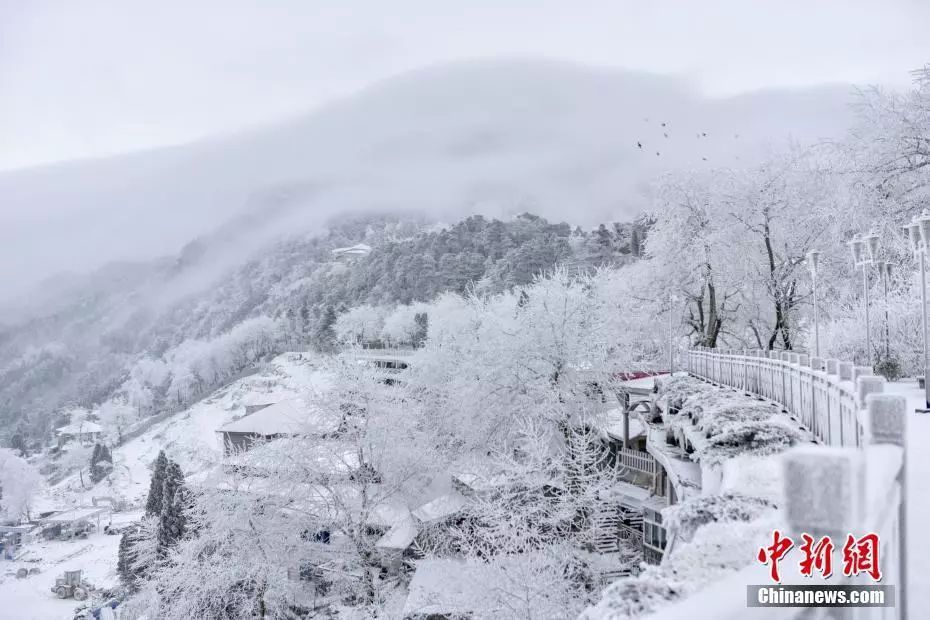
昼夜蔽日月，冬夏共霜雪。